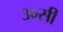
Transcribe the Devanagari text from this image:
३०सी